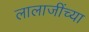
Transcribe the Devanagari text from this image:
लालाजींच्या